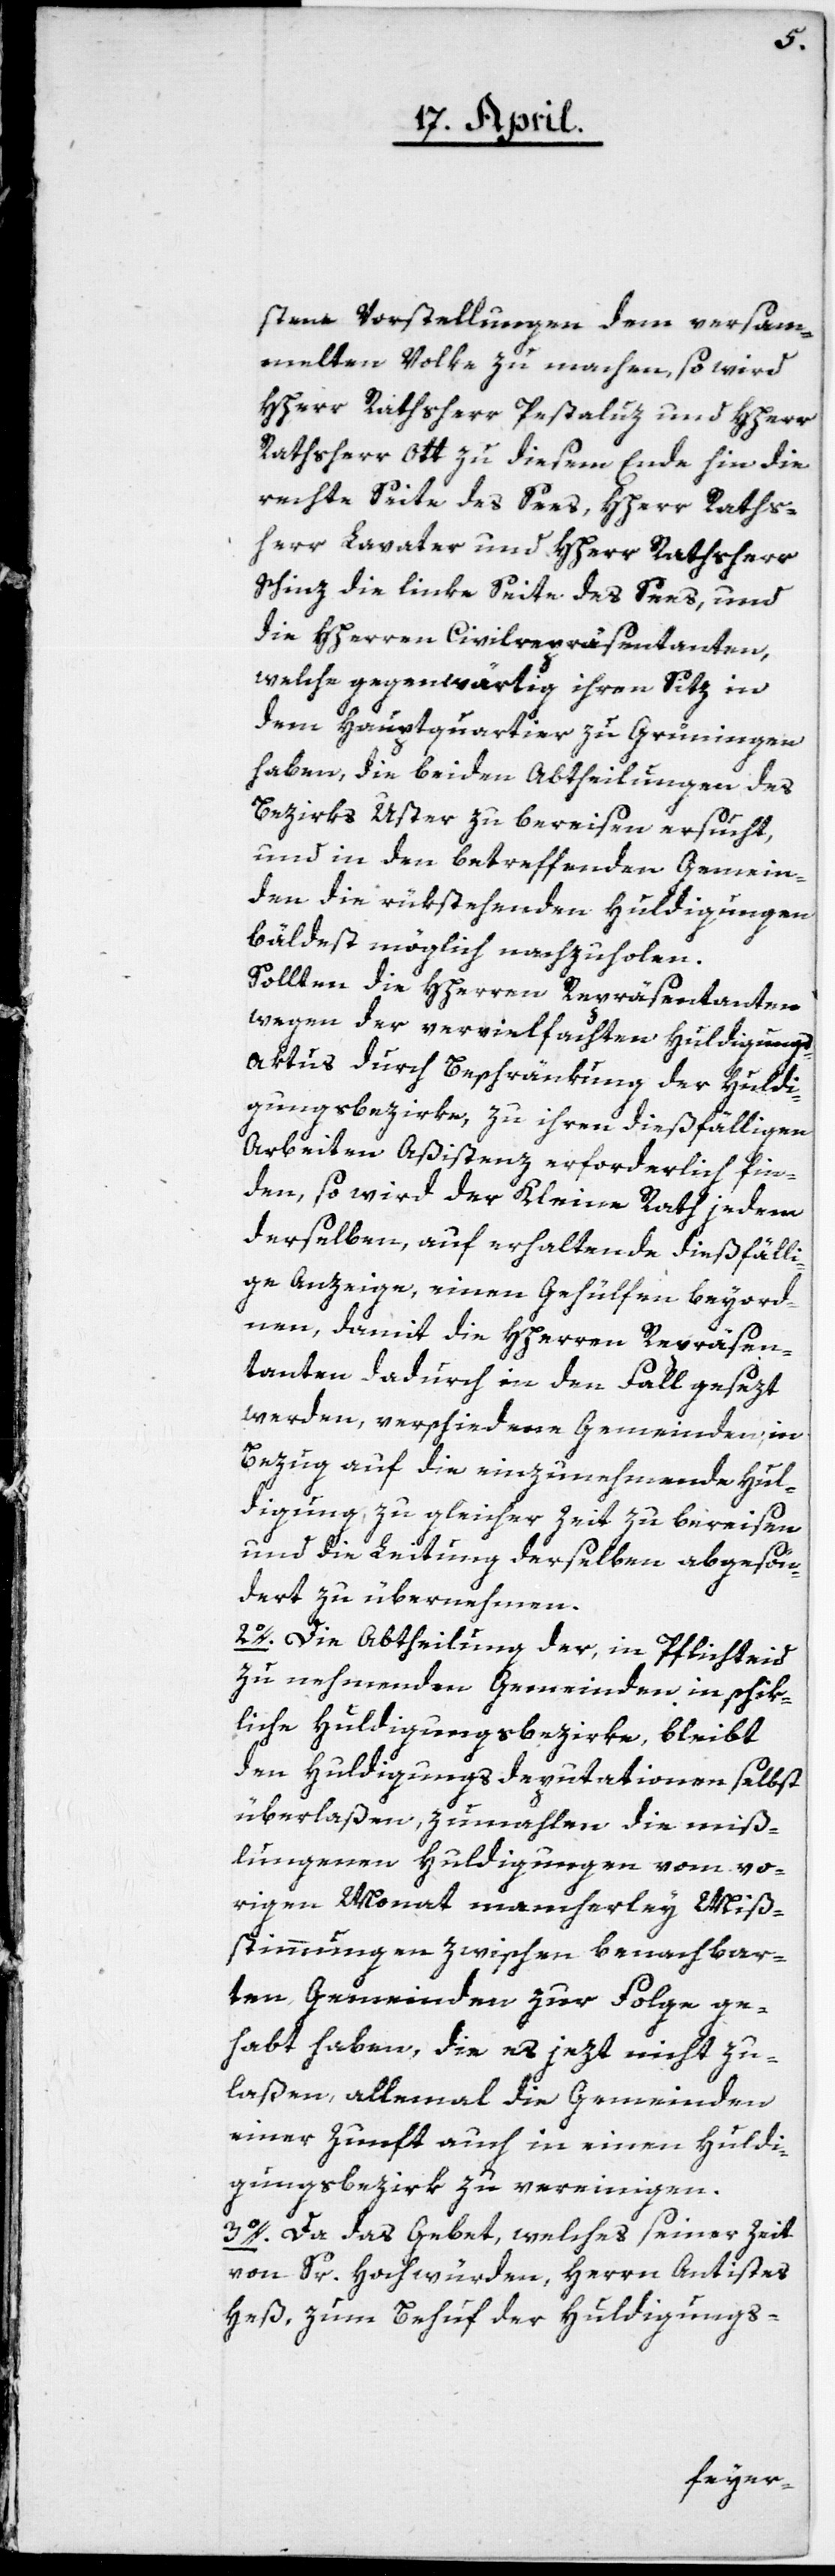
sten Vorstellungen dem versam¬
melten Volke zu machen, so wird
HHerr Rathsherr Pestaluz und HHerr
Rathsherr Ott zu diesem Ende hin die
rechte Seite des Sees, HHerr Raths¬
herr Lavater und HHerr Rathsherr
Schinz die linke Seite des Sees, und
die HHerren Civilrepräsentanten,
welche gegenwärtig ihren Sitz in
dem Hauptquartier zu Grüningen
haben, die beiden Abtheilungen des
Bezirks Uster zu bereisen ersucht,
und in den betreffenden Gemein¬
den die rükstehenden Huldigungen
bäldest möglich nachzuholen.
Sollten die HHerren Repräsentanten
wegen der vervielfachten Huldigungs-A¬
ktus durch Beschränkung der Huldi¬
gungsbezirke, zu ihren dießfälligen
Arbeiten Aßistenz erforderlich fin¬
den, so wird der Kleine Rath jedem
derselben auf erhaltende dießfälli¬
ge Anzeige, einen Gehülfen beyord¬
nen, damit die HHerren Repräsen¬
tanten dadurch in den Fall gesezt
werden, verschiedene Gemeinden, in
Bezug auf die einzunehmende Hul¬
digung zu gleicher Zeit zu bereisen
und die Leitung derselben abgesön¬
dert zu übernehmen.
2o. Die Abtheilung der, in Pflichteid
zu nehmenden Gemeinden in schik¬
liche Huldigungsbezirke, bleibt
den Huldigungsdeputationen selbst
überlaßen, zumahlen die miß¬
lungenen Huldigungen vom vo¬
rigen Monat mancherley Miß¬
stimmungen zwischen benachbar¬
ten Gemeinden zur Folge ge¬
habt haben, die es jezt nicht zu¬
laßen, allemal die Gemeinden
einer Zunft auch in einen Huldi¬
gungsbezirk zu vereinigen.
3o. Da das Gebet, welches seiner Zeit
von Sr. Hochwürden, Herrn Antistes
Heß, zum Behuf der Huldigungs-